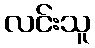
လင်းသူ